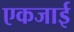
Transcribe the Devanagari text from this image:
एकजाई